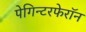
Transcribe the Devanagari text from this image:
पेगिन्टरफेरॉन